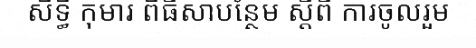
សិទ្ធិ កុមារ ពិធីសាបន្ថែម ស្តីពី ការចូលរួម